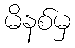
မိနစ်မှ